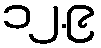
၁၂.၉